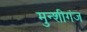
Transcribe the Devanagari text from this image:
मुन्शीगंज